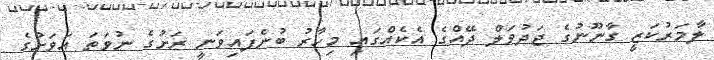
ލާމަރުކަޒީ ގާނޫނުގެ ޖަދުވަލް ދޭއްގެ އެކެއްގައި މިހާރު ބުނެފައިވަނީ ރަށުގެ ނުވަތަ އަވަށުގެ